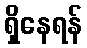
ရှိနေရန်